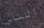
الناس